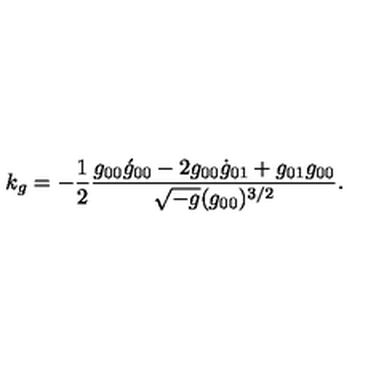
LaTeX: k _ { g } = - \frac { 1 } { 2 } \frac { g _ { 0 0 } \acute { g } _ { 0 0 } - 2 g _ { 0 0 } \dot { g } _ { 0 1 } + g _ { 0 1 } g _ { 0 0 } } { \sqrt { - g } ( g _ { 0 0 } ) ^ { 3 / 2 } } .